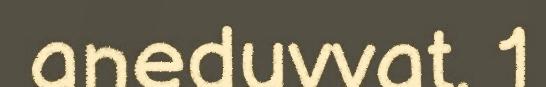
aneduvvat. 1